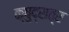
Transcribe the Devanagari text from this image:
क्षुद्रात्र